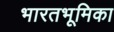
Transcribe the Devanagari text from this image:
भारतभूमिका